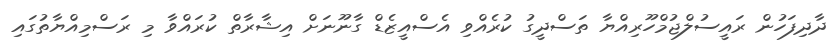
ދާދިފަހުން ރައީސުލްޖުމްހޫރިއްޔާ ތަސްދީގު ކުރެއްވި އެސްއީޒެޑް ގާނޫނަށް އިޝާރާތް ކުރައްވާ މި ރަސްމިއްޔާތުގައި